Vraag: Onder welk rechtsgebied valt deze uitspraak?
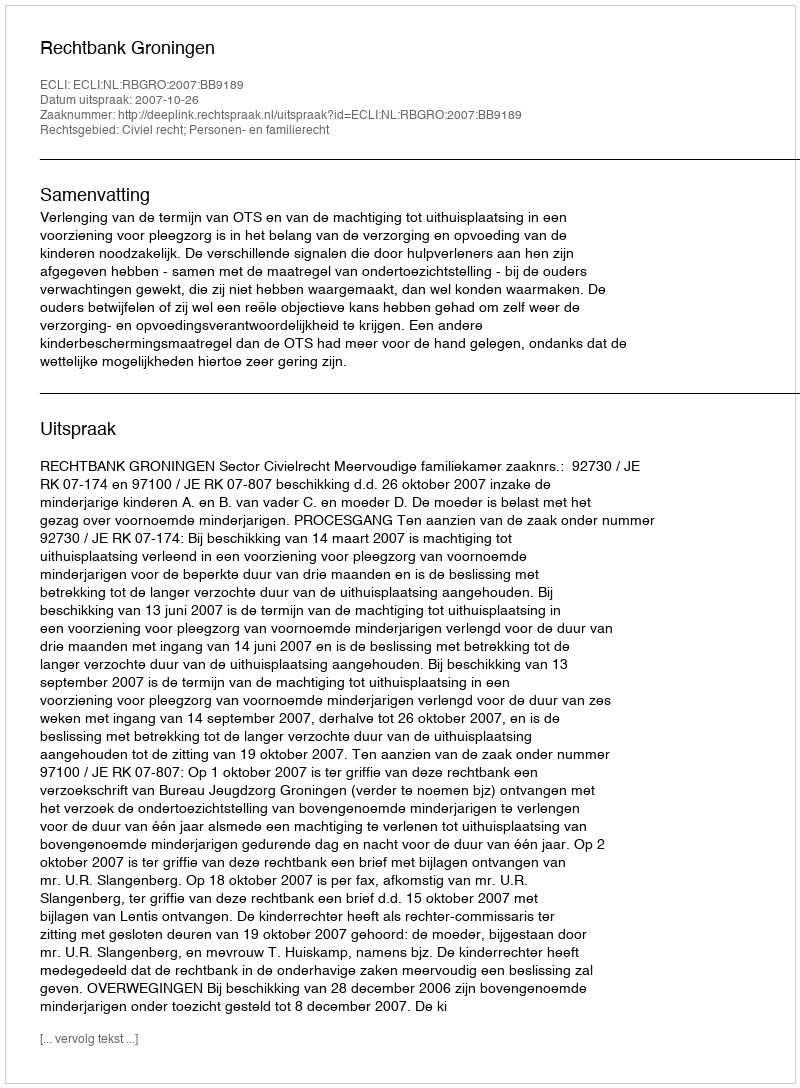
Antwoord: Civiel recht; Personen- en familierecht